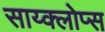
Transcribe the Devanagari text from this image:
साय्क्लोप्स